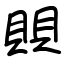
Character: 賏